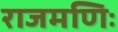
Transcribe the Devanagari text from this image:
राजमणिः